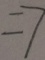
= 7